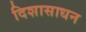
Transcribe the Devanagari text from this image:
दिशासाधन